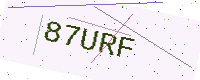
Text: 87URF